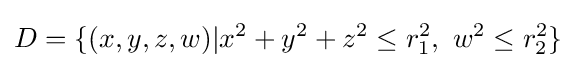
D=\{(x,y,z,w)|x^{2}+y^{2}+z^{2}\leq r_{1}^{2},\ w^{2}\leq r_{2}^{2}\}